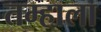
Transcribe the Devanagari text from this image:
तम्हाला